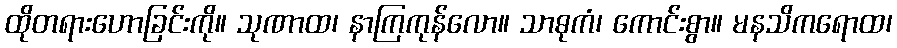
ထိုတရားဟောခြင်းကို။ သုဏာထ၊ နာကြကုန်လော။ သာဓုကံ၊ ကောင်းစွာ။ မနသိကရောထ၊